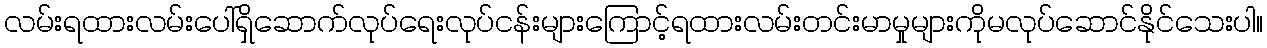
လမ်းရထားလမ်းပေါ်ရှိဆောက်လုပ်ရေးလုပ်ငန်းများကြောင့်ရထားလမ်းတင်းမာမှုများကိုမလုပ်ဆောင်နိုင်သေးပါ။